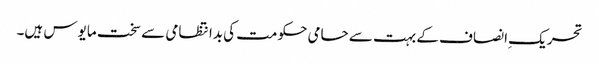
تحریک ِانصاف کے بہت سے حامی حکومت کی بدانتظامی سے سخت مایوس ہیں۔